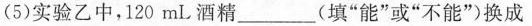
（5）实验乙中，还可能观察到的现象是___。